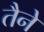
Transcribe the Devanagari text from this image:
तैने